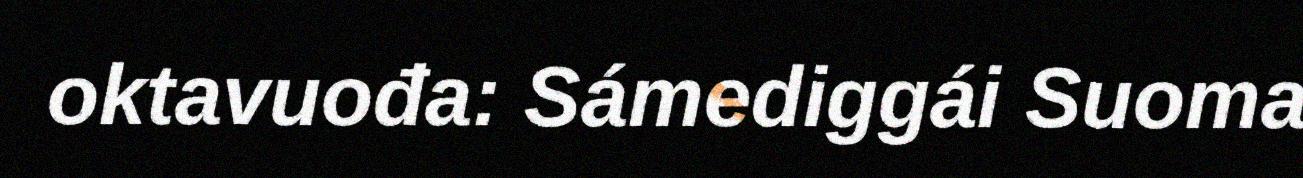
oktavuođa: Sámediggái Suoma